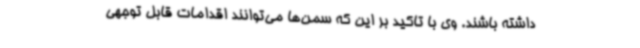
داشته باشند. وی با تاکید بر این که سمن‌ها می‌توانند اقدامات قابل توجهی